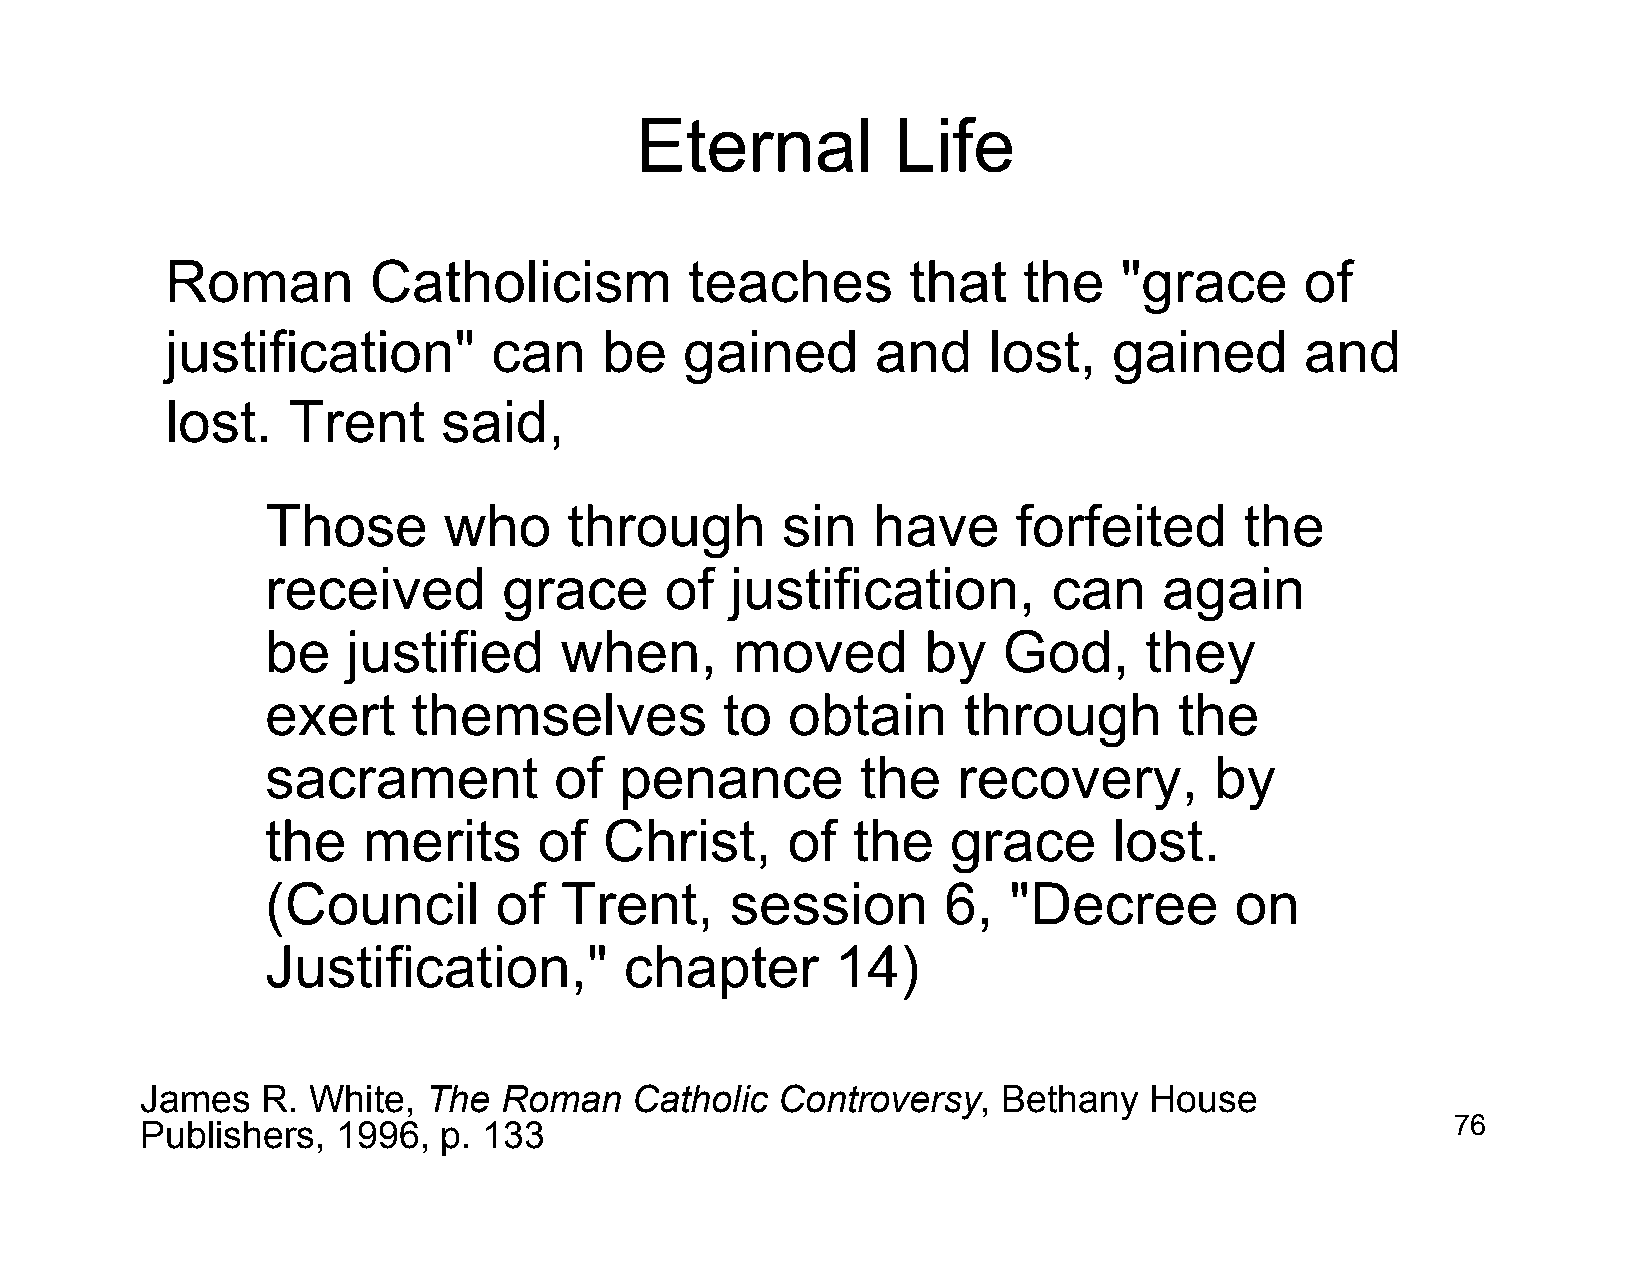
Eternal          Life
 Roman        Catholicism           teaches       that    the   "grace      of
 justification"        can    be   gained       and    lost,    gained      and
 lost.   Trent     said,
 Those      who      through       sin   have     forfeited      the
 received       grace      of  justification,        can    again
 be   justified     when,      moved        by   God,      they
 exert    themselves           to  obtain      through       the
 sacrament          of  penance         the   recovery,        by
 the   merits      of  Christ,     of  the    grace      lost.
 (Council       of  Trent,     session       6,   "Decree        on
 Justification,"        chapter       14)
 James   R. White,  The  Roman    Catholic Controversy,   Bethany   House
 Publishers,  1996,  p. 133                                                             76